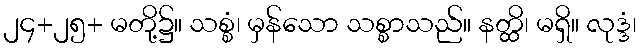
၂၄+၂၅+ မတို့၌။ သစ္စံ၊ မှန်သော သစ္စာသည်။ နတ္ထိ၊ မရှိ။ လုဒ္ဒံ၊